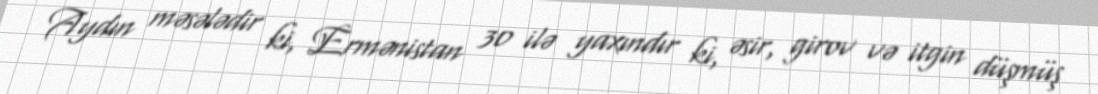
Aydın məsələdir ki, Ermənistan 30 ilə yaxındır ki, əsir, girov və itgin düşmüş